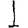
Digit: 1